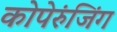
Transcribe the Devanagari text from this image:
कोपेरुंजिंग